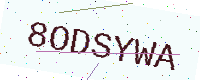
Text: 8ODSYWA